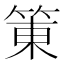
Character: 𰪀